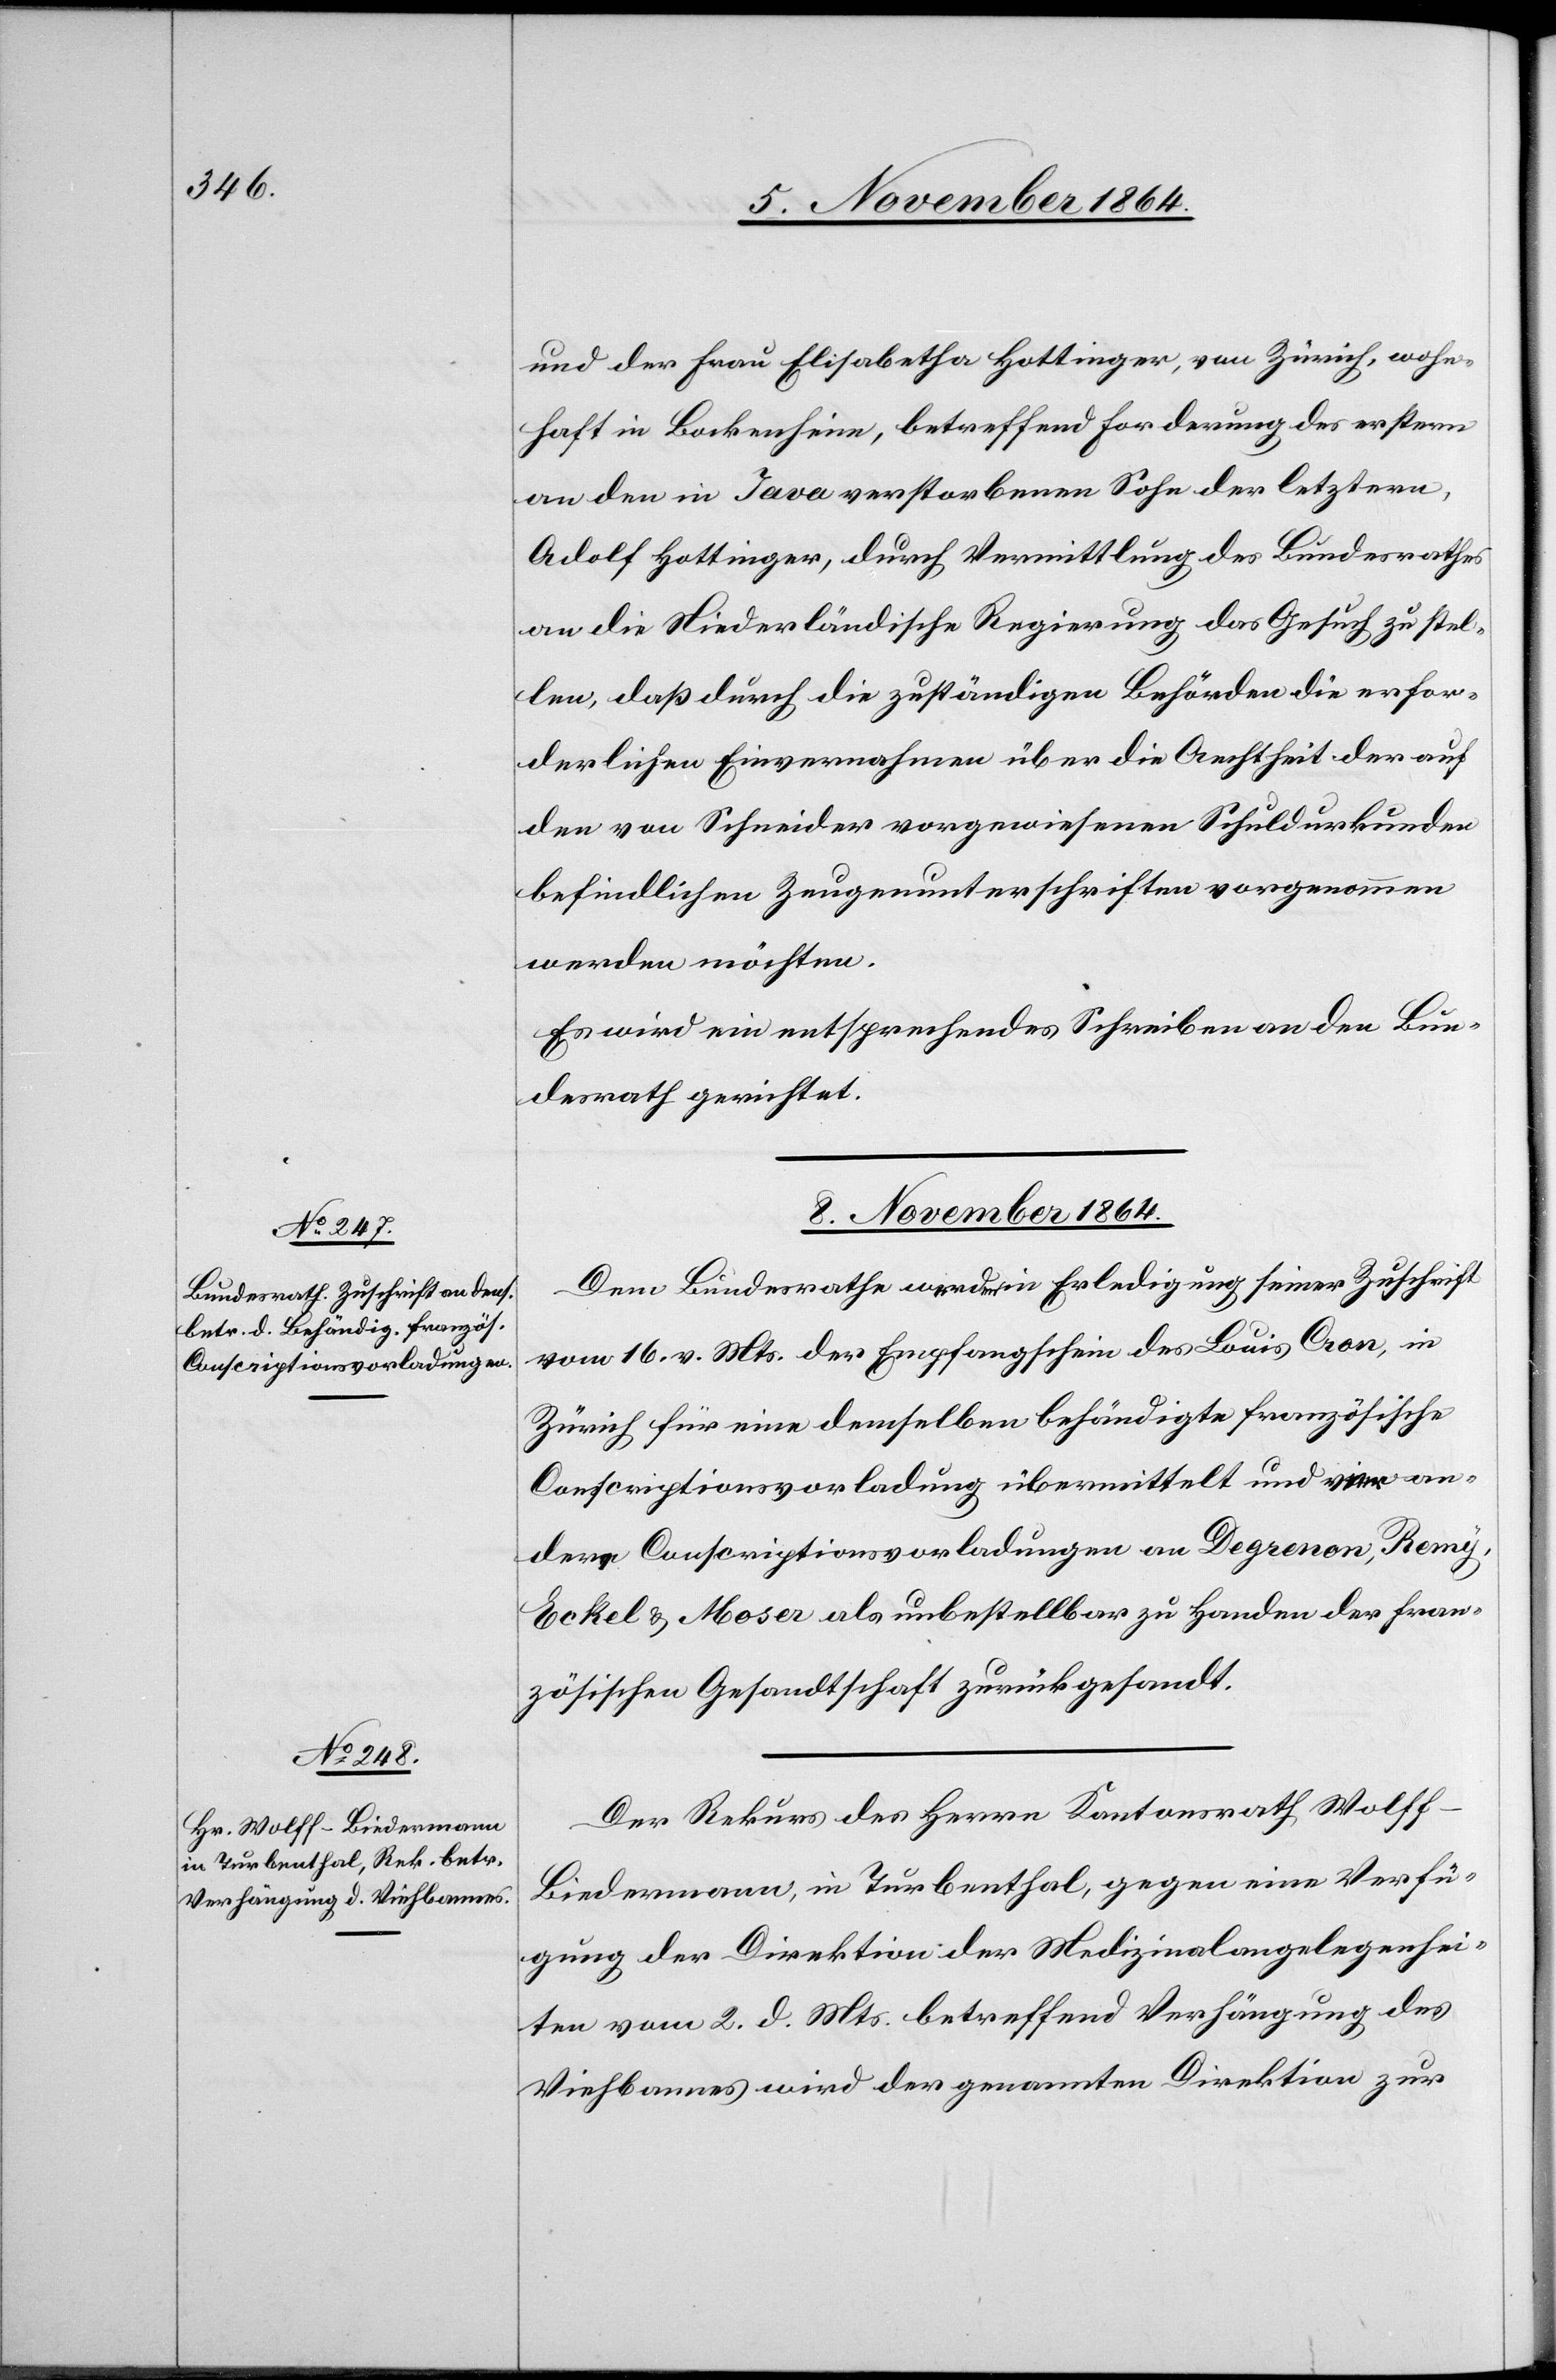
und der Frau Elisabetha Hottinger, von Zürich, wohn¬
haft in Bockenheim, betreffend Forderung des erstern
an den in Java verstorbenen Sohn der letztern,
Adolf Hottinger, durch Vermittlung des Bundesrathes
an die Niederländische Regierung das Gesuch zu stel¬
len, daß durch die zuständigen Behörden die erfor¬
derlichen Einvernahmen über die Aechtheit der auf
den von Schneider vorgewiesenen Schuldurkunden
befindlichen Zeugenunterschriften vorgenommen
werden möchten.
Es wird ein entsprechendes Schreiben an den Bun¬
desrath gerichtet.
8. November 1864.]
Dem Bundesrathe werden in Erledigung seiner Zuschrift
vom 16. v. Mts. der Empfangschein des Louis Cron, in
Zürich für eine demselben behändigte französische
Conscriptionsvorladung übermittelt und vier an¬
dere Conscriptionsvorladungen an Degrenon, Remy,
Eckel & Moser als unbestellbar zu Handen der fran¬
zösischen Gesandtschaft zurückgesandt.
Der Rekurs des Herrn Kantonsrath Wolff-B¬
iedermann, in Turbenthal, gegen eine Verfü¬
gung der Direktion der Medizinalangelegenhei¬
ten vom 2. d. Mts. betreffend Verhängung des
Viehbannes wird der genannten Direktion zur